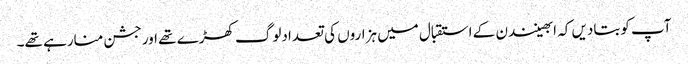
آپ کوبتادیں کہ ابھینندن کے استقبال میں ہزاروں کی تعدادلوگ کھڑے تھے اورجشن منارہے تھے۔